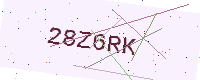
Text: 28Z6RK